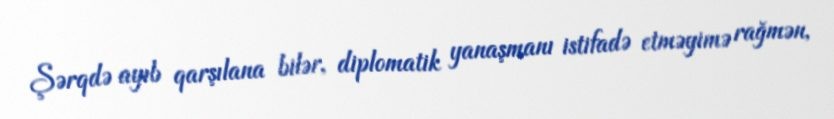
Şərqdə ayıb qarşılana bilər, diplomatik yanaşmanı istifadə etməyimə rağmən,